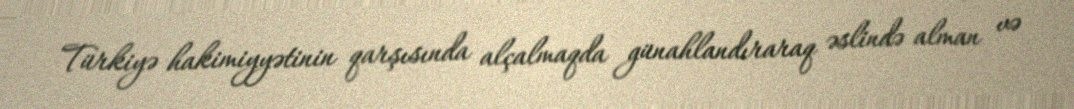
Türkiyə hakimiyyətinin qarşısında alçalmaqda günahlandıraraq əslində alman və